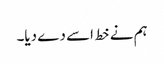
ہم نے خط اسے دے دیا۔